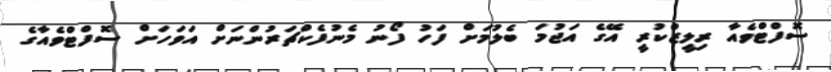
ސޮފްޓްވެއާ ރިލީޒްކުރީ އޭގެ އަޖުމަ ބެލުމަށް ފަހު ފޯނު މެނުފެކްޗަރުންނަށް އަވަހަށް ސޮފްޓްވެއާގެ